Leaving Certificate Examination, 1923
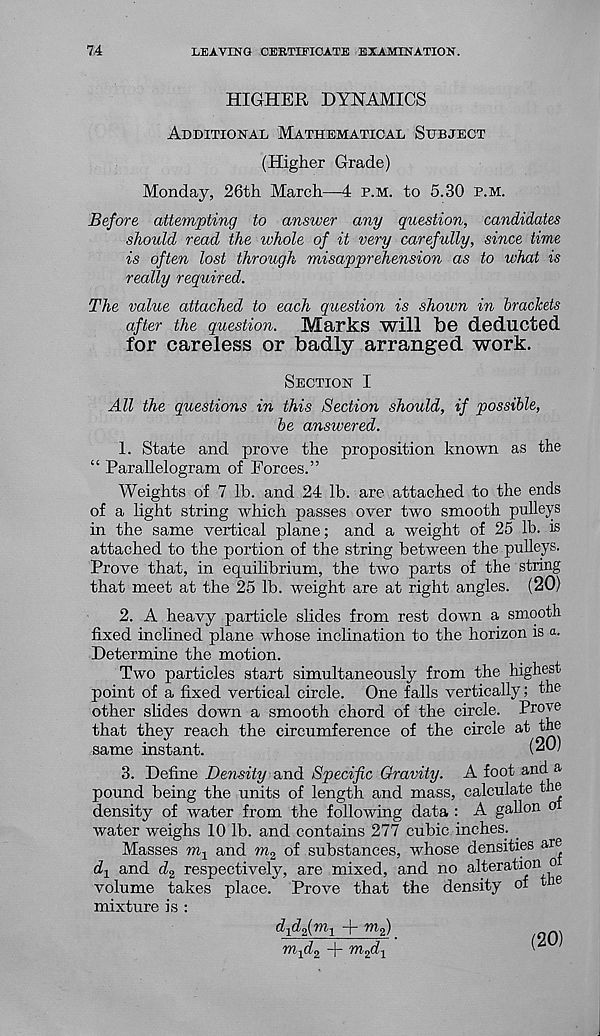
74
LEAVING CERTIFICATE EXAMINATION.
HIGHER DYNAMICS
Additional Mathematical Subject
(Higher Grade)
Monday, 26th March—4 p.m. to 5.30 p.m.
Before attempting to answer any question, candidates
should read the whole of it very carefully, since time
is often lost through misapprehension as to what is
really required.
The value attached to each question is shown in brackets
after the question.
Marks will be deducted
for careless or badly arranged work.
Section I
All the questions in this Section should, if possible,
be answered.
1. State and prove the proposition known as the
“ Parallelogram of Forces.”
Weights of 7 lb. and 24 lb. are attached to the ends
of a light string which passes over two smooth pulleys
in the same vertical plane; and a weight of 25 lb. is
attached to the portion of the string between the pulleys.
Prove that, in equilibrium, the two parts of the string
that meet at the 25 lb. weight are at right angles. (20)
2. A heavy particle slides from rest down a smooth
fixed inclined plane whose inclination to the horizon is a.
Determine the motion.
Two particles start simultaneously from the highest
point of a fixed vertical circle. One falls vertically; the
other slides down a smooth chord of the circle. Prove
that they reach the circumference of the circle at the
same instant.
(20)
3. Define Density and Specific Gravity. A foot and a
pound being the units of length and mass, calculate the
density of ivater from the following data : A gallon o
water weighs 10 lb. and contains 277 cubic inches.
Masses m x and m 2 of substances, whose densities are
d 1 and d 2 respectively, are mixed, and no alteration o
volume takes place. Prove that the density of ie
mixture is :
d^fm-t + m 2 )
m 1 d 2 + m 2 d 1
(20)